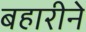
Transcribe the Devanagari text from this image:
बहारीने